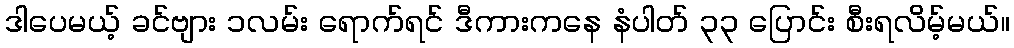
ဒါပေမယ့် ခင်ဗျား ၁လမ်း ရောက်ရင် ဒီကားကနေ နံပါတ် ၃၃ ပြောင်း စီးရလိမ့်မယ်။